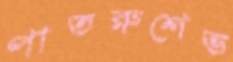
পাতরুশেভ